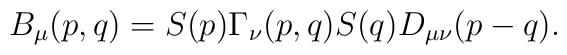
B_\mu(p,q) = S(p)\Gamma_\nu(p,q)S(q)D_{\mu \nu}(p-q).